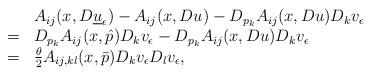
LaTeX: \begin{align*} \begin{array}{ll} &A_{ij}(x,D\underline u_\epsilon)-A_{ij}(x,Du)-D_{p_k}A_{ij}(x,Du)D_kv_\epsilon\\ =&D_{p_k}A_{ij}(x,\hat{p})D_kv_\epsilon-D_{p_k}A_{ij}(x,Du)D_kv_\epsilon\\ =&\frac{\theta}{2}A_{ij,kl}(x,\bar p)D_kv_\epsilon D_lv_\epsilon,\\ \end{array} \end{align*}